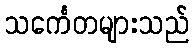
သင်္ကေတများသည်